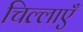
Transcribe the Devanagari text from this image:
चिल्लाएँ